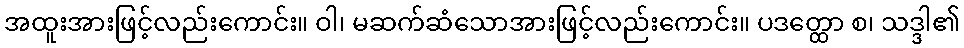
အထူးအားဖြင့်လည်းကောင်း။ ဝါ၊ မဆက်ဆံသောအားဖြင့်လည်းကောင်း။ ပဒတ္ထော စ၊ သဒ္ဒါ၏